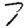
Digit: 7